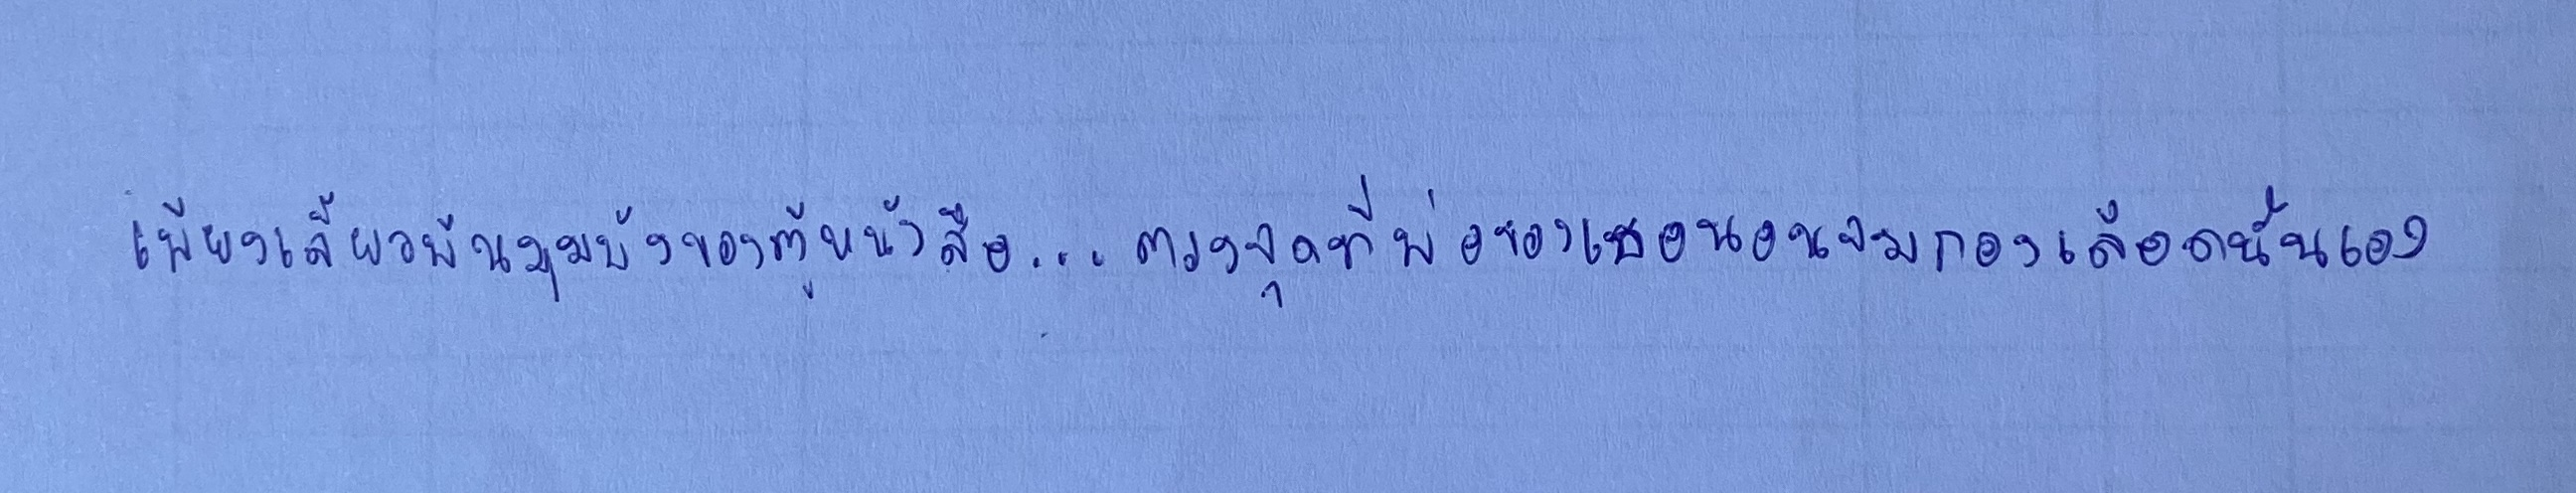
เพียงเลี้ยวพ้นมุมบังของตู้หนังสือ...ตรงจุดที่พ่อของเธอนอนจมกองเลือดนั่นเอง